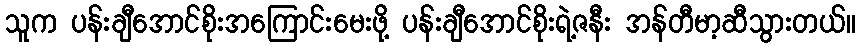
သူက ပန်းချီအောင်စိုးအကြောင်းမေးဖို့ ပန်းချီအောင်စိုးရဲ့ဇနီး အန်တီမာ့ဆီသွားတယ်။